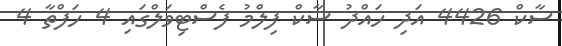
ސާކް 4426 އަދި ހައްދު ސާކް ފިލްމު ފެސްޓިވަލްގައި 4 ހަފްތާ 4